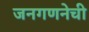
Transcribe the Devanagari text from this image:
जनगणनेची